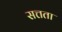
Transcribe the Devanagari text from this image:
सत्तता